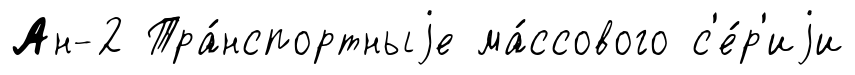
Ан-2 Тра́нспортныjе ма́ссового с'е́р'иjи